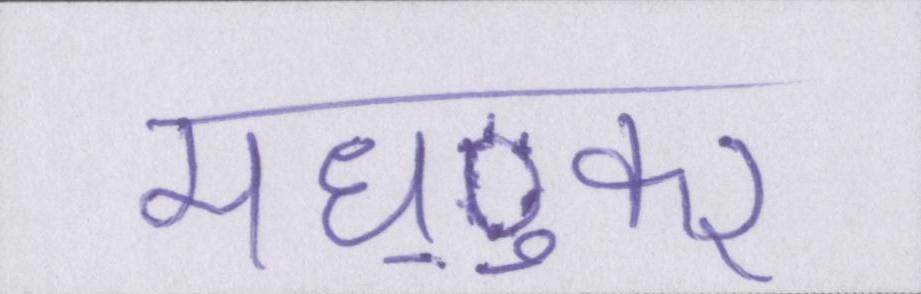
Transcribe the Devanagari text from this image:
मध्ुकर